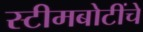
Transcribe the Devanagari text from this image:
स्टीमबोटींचे